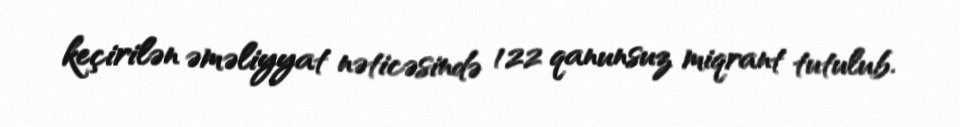
keçirilən əməliyyat nəticəsində 122 qanunsuz miqrant tutulub.